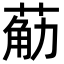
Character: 𮏴